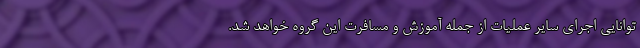
توانایی اجرای سایر عملیات از جمله آموزش و مسافرت این گروه خواهد شد.